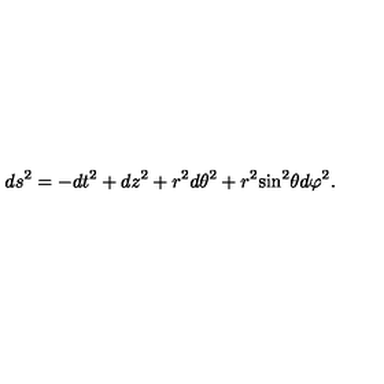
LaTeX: d s ^ { 2 } = - d t ^ { 2 } + d z ^ { 2 } + r ^ { 2 } d { \theta } ^ { 2 } + r ^ { 2 } { \sin } ^ { 2 } \theta d { \varphi } ^ { 2 } .